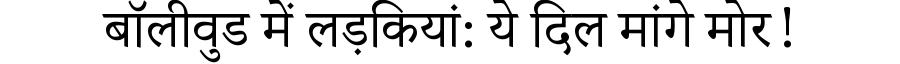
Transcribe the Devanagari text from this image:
बॉलीवुड में लड़कियां: ये दिल मांगे मोर!